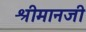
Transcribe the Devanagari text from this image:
श्रीमानजी